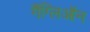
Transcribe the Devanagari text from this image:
गैंग्लिऑन